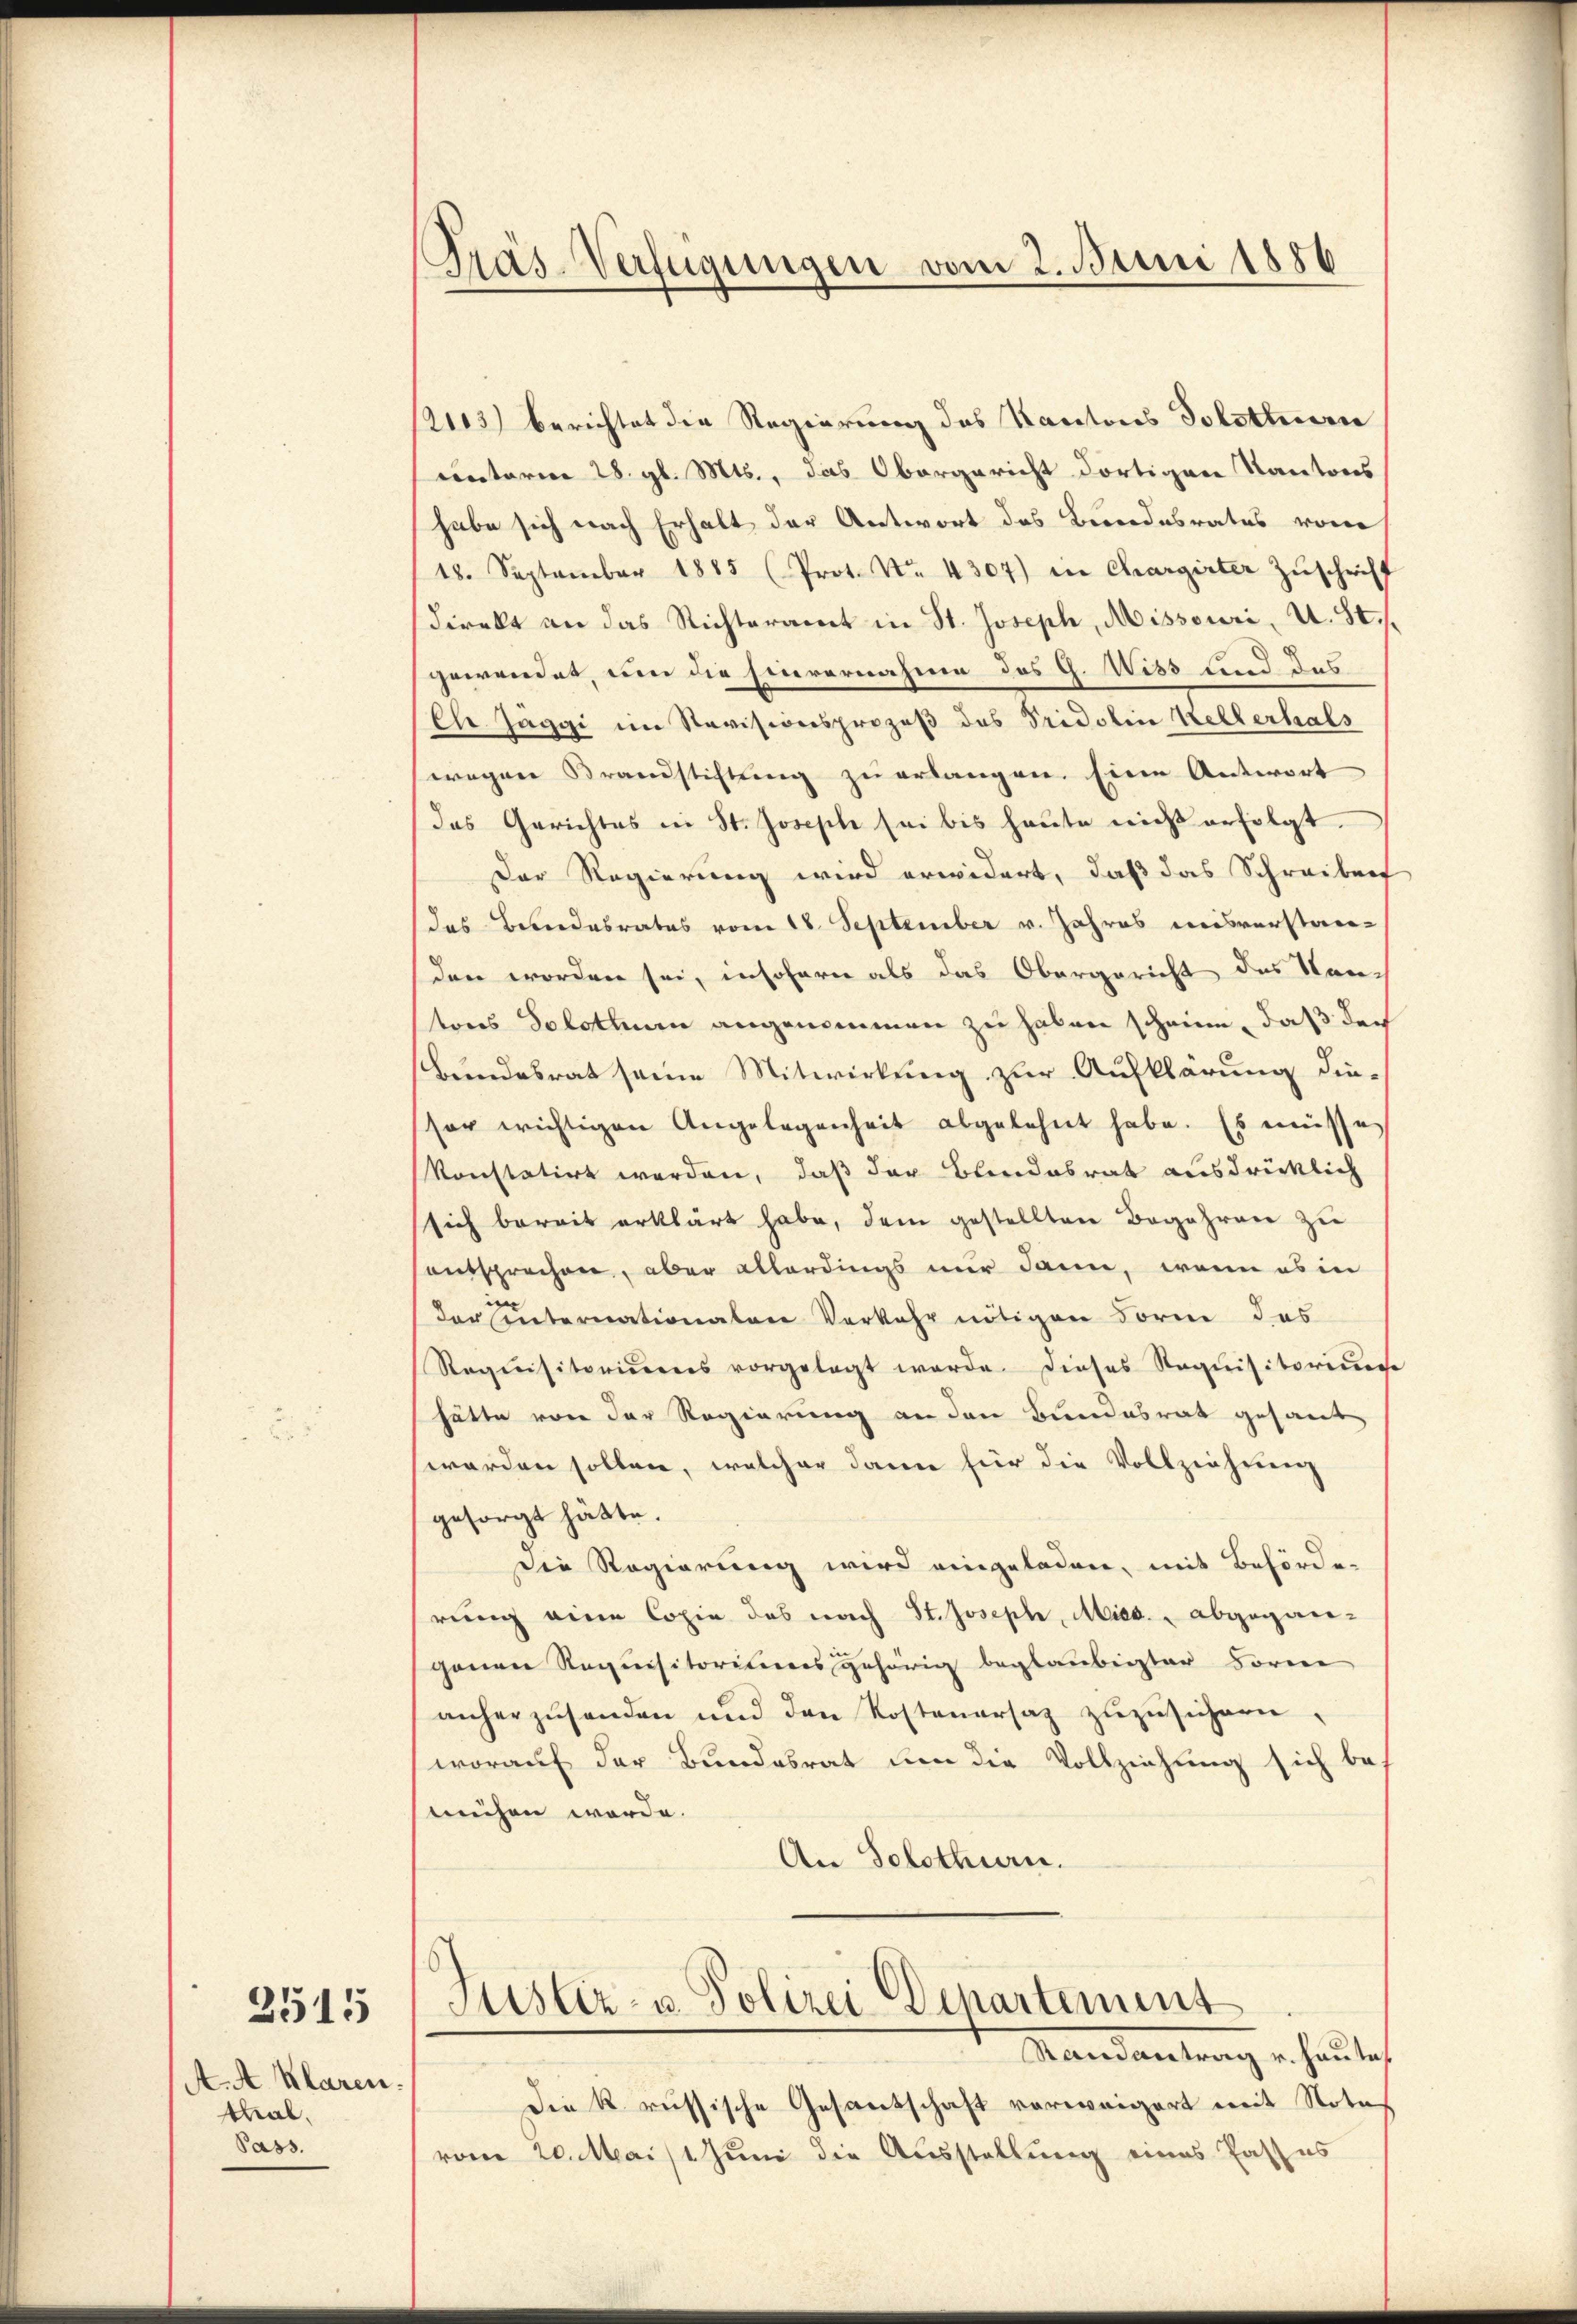
A. A. Klaren.
thal.
Pass.

2515

Prás-Verfügungen vom 2. Juni 1886

2103) berichtet die Regierung des Kantons Solothurn
unterm 28. gl. Mts., das Obergericht dortigen Kantons
habe sich nach Erhalt der Antwort des Besondesrates von
18. September 1885 (Prot. No. 4304) in Chargirter Zŭschrift
Direkt an das Richteramt in St. Joseph, Missouri, u. St.
gewendet, um die Einvernahme des G. Wiss und das
Ele Jäggi im Revisionsprozeß des Tridolin Kellerhals
wegen Brandstiftung zu erlangen. Eine Antwort
das Gerichtes in St. Joseph sei bis heute nicht erfolgt.
Der Regierung wird erwidert, daß das Schreiben
das Beendesrates vom 18. September v. Jahres meisverstanden worden sei, insofern als das Obergericht des Neu-
tons Solothurn angenommen zu haben scheine, daß der
Bundesrat seine Mitwirkung zur Aufklärung diesor wichtigen Angelegenheit abgelehnt habe. Es müsse
konstatirt werden, daß der Blindesrat ausdrücklich
sich bereit erklärt habe, dem gestellten Begehren zu
entsprechen, aber allerdings nur dann, wenn es in
der Unternationalen Verkehr nötigen Form das
Requisitorierens vorgelegt werde. Dieses Requisitorium
hätte von der Regierung an den Bundesrat gesant
worden sollen, welcher dann für die Vollziehung
gesorgt hätte.
Die Regierung wird eingeladen, mit Behörde-
rung eine Copie das nach St. Joseph, Mies. abgegangenen Requisitoriums gehörig beglaubigter Forne
anherzŭsenden und den Kostenersaz zŭzŭsichern.
worauf der Bundesrat um die Vollziehung sich bes
mühen werde.
An Solothurn.

Justiz- u. Polizei Departement
Mandantrag er heulich

die k. russische Gesandschaft verweigert mit Note
vom 20. Mais 1 Juni die Ausstellung eines Passes